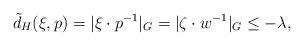
LaTeX: \begin{align*}\tilde{d}_H(\xi, p)=|\xi\cdot p^{-1}|_G=|\zeta\cdot w^{-1}|_G\leq -\lambda,\end{align*}